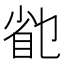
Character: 𰥟